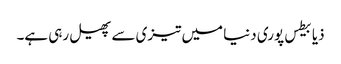
ذیابیطس پوری دنیا میں تیزی سے پھیل رہی ہے۔